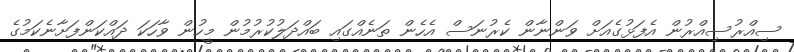
ސިއްރުސިއްރުން އެފަޅުގެއަށް ވަންނާން ކެރުނަސް އެހެން ތަނެއްގައި ބައްދަލުކުރުމުން މީހުން ވާހަކަ ދައްކަންފަށާނެކަމުގެ